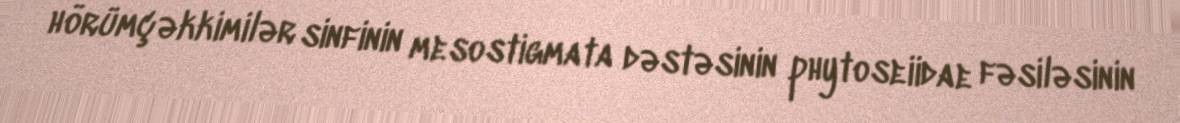
hörümçəkkimilər sinfinin mesostigmata dəstəsinin phytoseiidae fəsiləsinin